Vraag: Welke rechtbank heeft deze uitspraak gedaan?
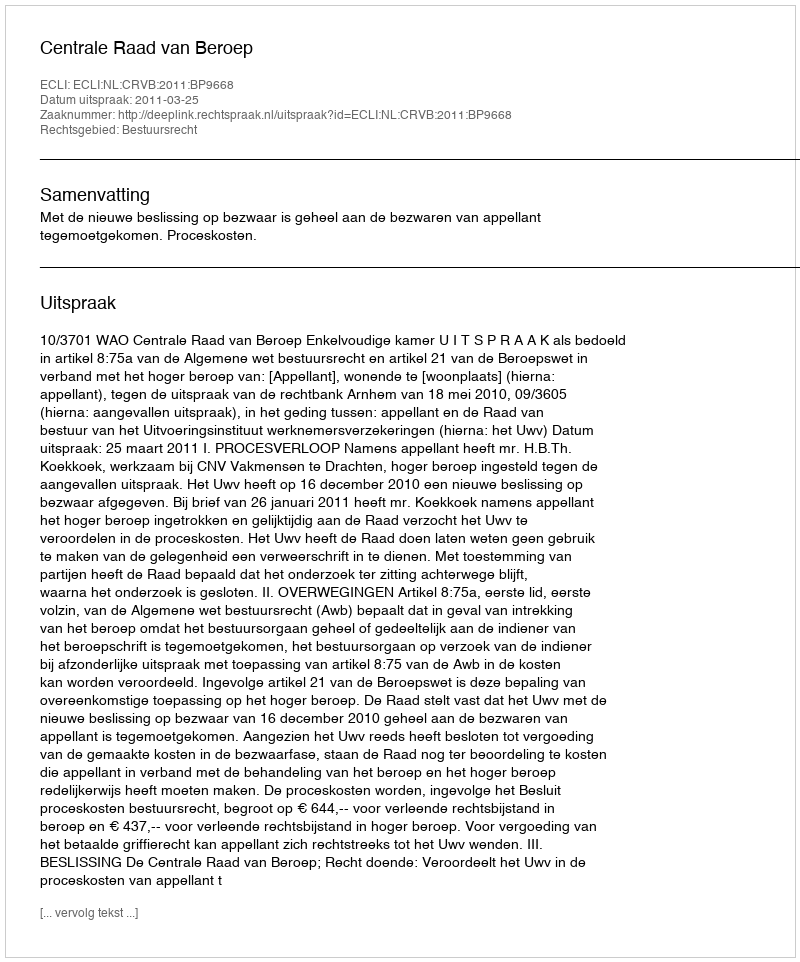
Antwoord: Centrale Raad van Beroep